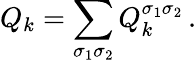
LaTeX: Q_{k}=\sum_{\sigma_{1}\sigma_{2}}Q_{k}^{\sigma_{1}\sigma_{2}}\, .